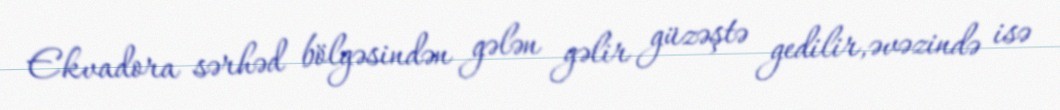
Ekvadora sərhəd bölgəsindən gələn gəlir güzəştə gedilir,əvəzində isə